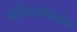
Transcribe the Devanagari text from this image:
ओसिअनिकोव